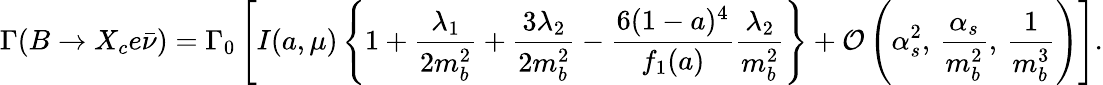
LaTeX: \Gamma(B\to X_{c}e\bar{\nu})=\Gamma_{0}\left[I(a,\mu)\left\{ 1+\frac{\lambda_{1}}{2m_{b}^{2}}+\frac{3\lambda_{2}}{2m_{b}^{2}}-\frac{6(1-a)^{4}}{f_{1}(a)}\frac{\lambda_{2}}{m_{b}^{2}}\right\} +{\cal O}\left(\alpha_{s}^{2},\, \frac{\alpha_{s}}{m_{b}^{2}},\, \frac{1}{m_{b}^{3}}\right)\right].